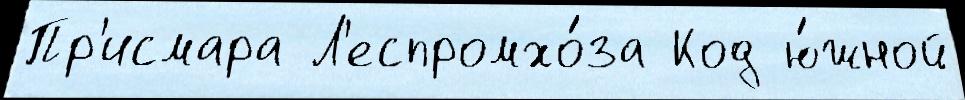
Пр'исмара Л'еспромхо́за Код ю́жной